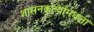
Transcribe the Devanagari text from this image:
शासनकर्त्यांमधला